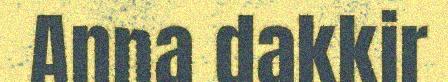
Anna dakkir